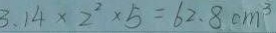
3 . 1 4 \times 2 ^ { 2 } \times 5 = 6 2 . 8 c m ^ { 3 }